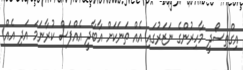
އިގްތިސޯދީ މާހިރުންގެ ނަޒަރުގައި އެއް ތަނަކަށް އާބާދީ އެއްފަސް ކުރާނަމަ އަދި އެއް